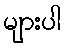
များပါ